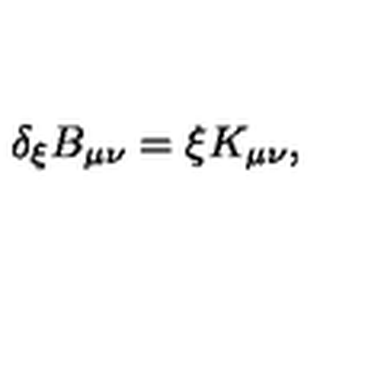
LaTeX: \delta _ { \xi } B _ { \mu \nu } = \xi K _ { \mu \nu } ,